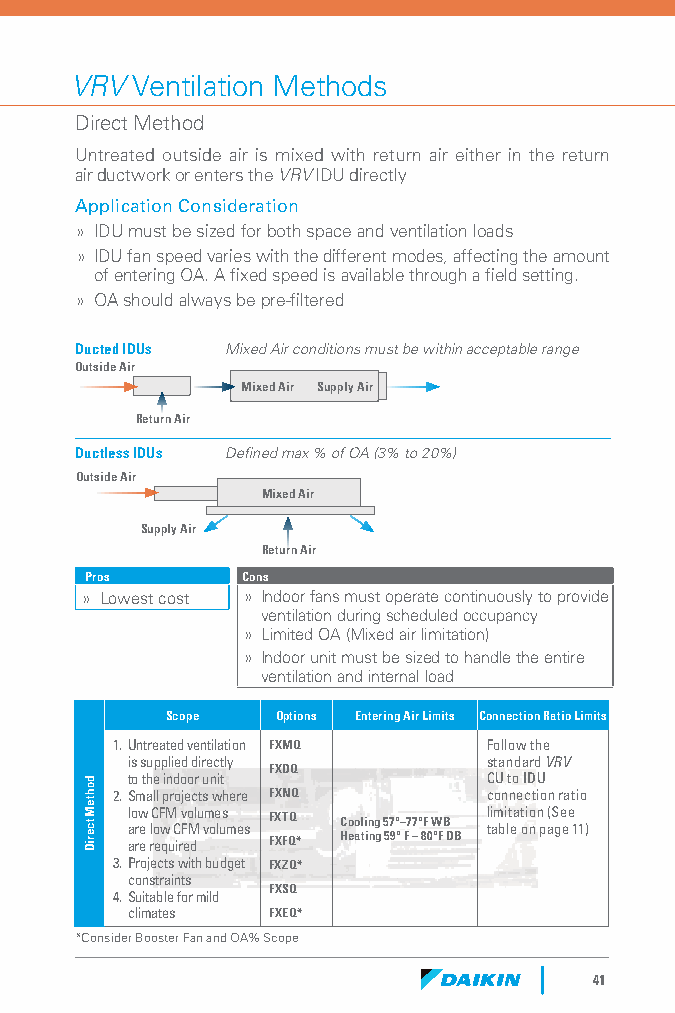
VRV Ventilation Methods
 Direct Method
 Untreated outside air is mixed with return air either in the return
 air ductwork or enters the VRV IDU directly
 Application Consideration
 » IDU must be sized for both space and ventilation loads
 » IDU fan speed varies with the different modes, affecting the amount
 of entering OA. A fixed speed is available through a field setting.
 » OA should always be pre-filtered
 Ducted IDUs Mixed Air conditions must be within acceptable range
 Outside Air
 Mixed Air Supply Air
 Return Air
 Ductless IDUs Defined max % of OA (3% to 20%)
 Outside Air
 Mixed Air
 Supply Air
 Return Air
 Pros      Cons
 » Lowest cost » Indoor fans must operate continuously to provide
 ventilation during scheduled occupancy
 » Limited OA (Mixed air limitation)
 » Indoor unit must be sized to handle the entire
 ventilation and internal load
 Scope  Options Entering Air Limits Connection Ratio Limits
 1. Untreated ventilation FXMQ Follow the
 is supplied directly    standard VRV
 FXDQ
 to the indoor unit      CU to IDU
 2. Small projects where FXNQ connection ratio
 low CFM volumes FXTQ Cooling 57°–77°F WB limitation (See are low CFM volumes table on page 11)
 are required FXFQ* Heating 59° F – 80°F DB
 3. Projects with budget FXZQ*
 constraints
 FXSQ
 4. Suitable for mild
 climates  FXEQ*
 *Consider Booster Fan and OA% Scope
 41
 dohteM
 tceriD